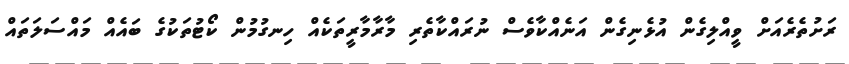
ރަށުތެރެއަށް ވީއްލިގެން އުޅެނިގެން އަނެއްކާވެސް ނުރައްކާތެރި މާރާމާރީތަކެއް ހިނގުމުން ކޯޓުތަކުގެ ބައެއް މައްސަލަތައް